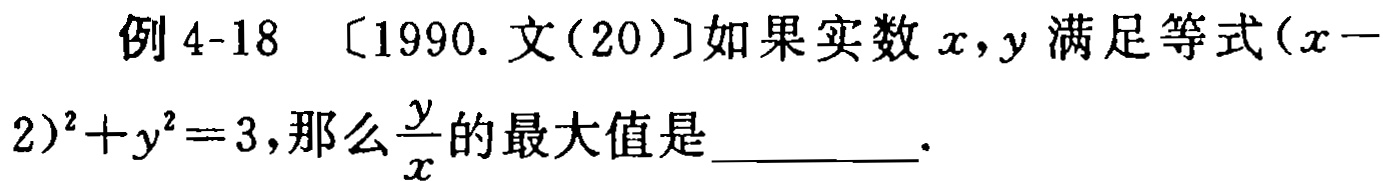
例 4-18 〔1990. 文(20)〕如果实数\(x,y\)满足等式\((x - 2)^{2}+y^{2}=3\),那么\(\frac{y}{x}\)的最大值是________.